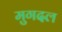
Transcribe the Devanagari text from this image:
मुगदल